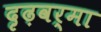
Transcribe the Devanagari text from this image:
दृढ़वर्मा